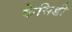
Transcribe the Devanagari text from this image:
केसिडी